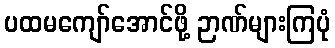
ပထမကျော်အောင်ဖို့ ဉာဏ်များကြပုံ